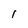
Character: l